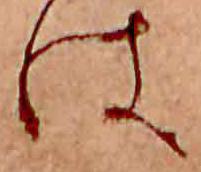
は